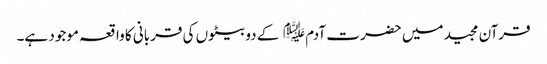
قرآن مجید میں حضرت آدم﷤ کے دو بیٹوں کی قربانی کا واقعہ موجود ہے۔